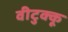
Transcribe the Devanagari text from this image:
वीटुक्कू